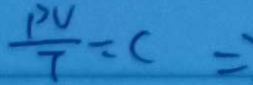
\frac { p v } { 7 } = c =